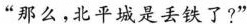
“那么，北平城是丢铁了?”